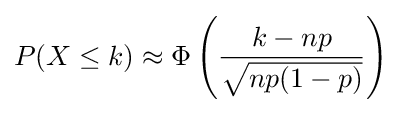
P(X\leq k)\approx \Phi \left({\frac {k-np}{\sqrt {np(1-p)}}}\right)